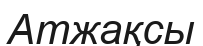
Атжақсы